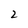
Character: 2